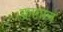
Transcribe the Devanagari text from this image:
क़ाग़ान